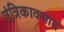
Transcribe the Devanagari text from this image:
तंत्रिकावसाद